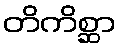
တိကိစ္ဆာ